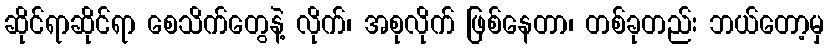
ဆိုင်ရာဆိုင်ရာ စေသိက်တွေနဲ့ လိုက်၊ အစုလိုက် ဖြစ်နေတာ၊ တစ်ခုတည်း ဘယ်တော့မှ